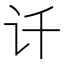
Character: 𰵋